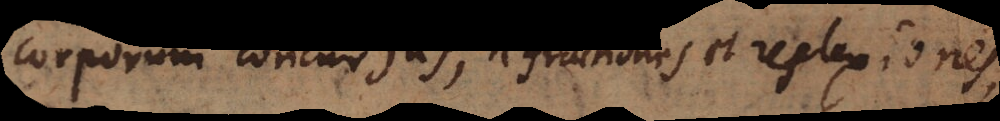
corporum concursus, refractiones et reflexiones,